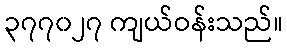
၃၇၇၀၂၇ ကျယ်ဝန်းသည်။